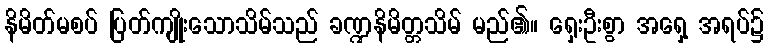
နိမိတ်မစပ် ပြတ်ကျိုးသောသိမ်သည် ခဏ္ဍနိမိတ္တသိမ် မည်၏။ ရှေးဦးစွာ အရှေ့ အရပ်၌